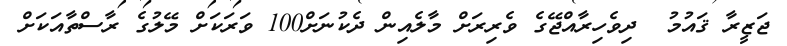
ޖަޒީރާ ޤައުމު  ދިވެހިރާއްޖޭގެ ވެރިރަށް މާލެއިން ދެކުނަށް100 ވަރަކަށް މޭލުގެ ރާސްތާއަކަށް